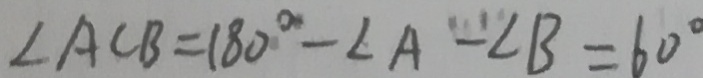
\angle A C B = 1 8 0 ^ { \circ } - \angle A - \angle B = 6 0 ^ { \circ }